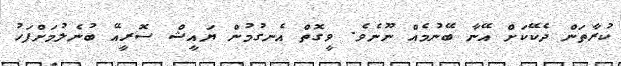
ކުރާތަން ދެކޭކަށް އޭނާ ބޭނުމެއް ނޫނެވެ. ވީގޮތް އެނގުމުން ޔައީޝް ސޮރީއޭ ބުނެލުމަށްފަހު